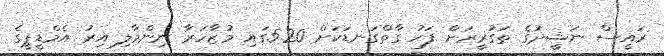
ރައީސް ނަޝީދުގެ ތަގުރީރަށް ފަހު ގާތްގަނޑަކަށް 5.20ގައި މުޒާހަރާ ނިންމާލި އިރު އެމްޑީޕީގެ